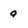
Character: 9